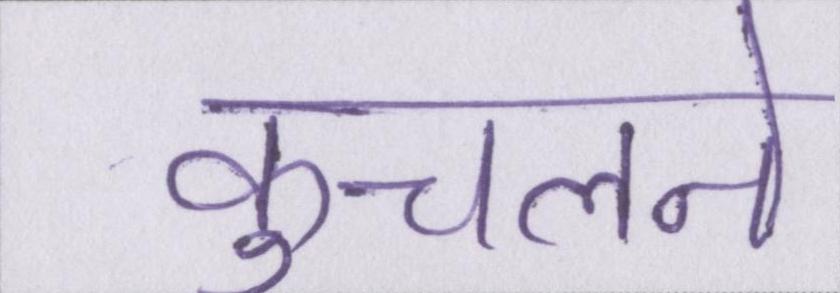
कुचलने